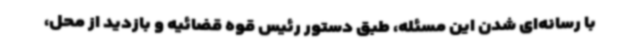
با رسانه‌ای شدن این مسئله، طبق دستور رئیس قوه قضائیه و بازدید از محل،